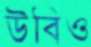
উবিও